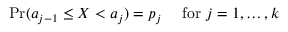
\Pr ( a _ { j - 1 } \leq X < a _ { j } ) = p _ { j } \quad { \mathrm { ~ f o r ~ } } j = 1 , \ldots , k